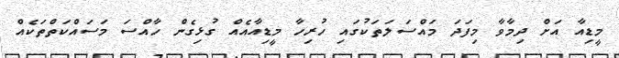
މީޑިއާ އަށް ދިމާވާ މިފަދަ މައްސަލަތަކުގައި ހުރިހާ މީޑިއާއެއް ގުޅިގެން ހާއްސަ މަސައްކަތްތަކެއް